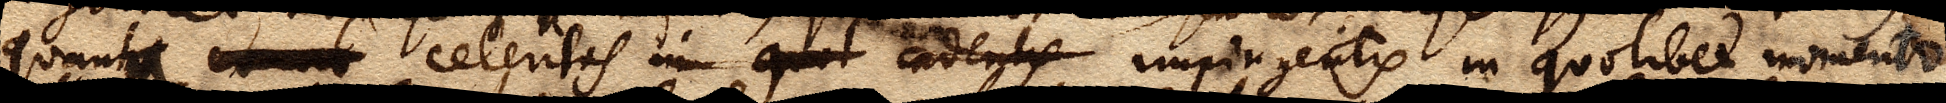
quantus xx celeritas im quol cadentis impingentis in quolibet momento